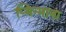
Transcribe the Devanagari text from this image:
प्यिन्माना